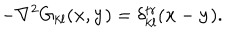
- \nabla ^ { 2 } G _ { k l } ( { \bf x } , { \bf y } ) = \delta _ { k l } ^ { t r } ( { \bf x } - { \bf y } ) .